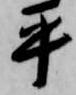
平